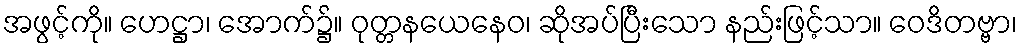
အဖွင့်ကို။ ဟေဋ္ဌာ၊ အောက်၌။ ဝုတ္တနယေနေဝ၊ ဆိုအပ်ပြီးသော နည်းဖြင့်သာ။ ဝေဒိတဗ္ဗာ၊